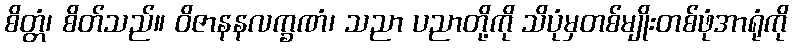
စိတ္တံ၊ စိတ်သည်။ ဝိဇာနနလက္ခဏံ၊ သညာ ပညာတို့ကို သိပုံမှတစ်မျိုးတစ်ဖုံအာရုံကို